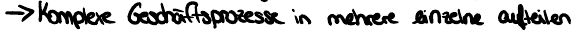
-> Komplexe Geschäftsprozesse in mehrere einzelne aufteilen